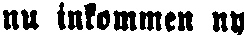
nu inkommen ny